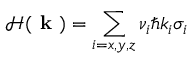
\mathcal { H } ( \textbf { k } ) = \sum _ { i = x , y , z } \nu _ { i } \hbar k _ { i } \sigma _ { i }